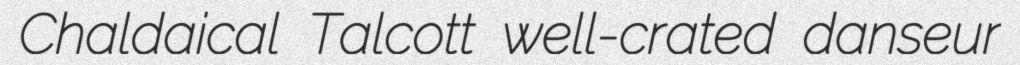
Chaldaical Talcott well-crated danseur